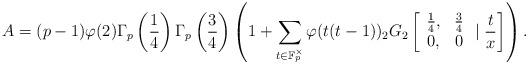
LaTeX: \begin{align*}A=(p-1)\varphi(2)\Gamma_p\left(\frac{1}{4}\right)\Gamma_p\left(\frac{3}{4}\right)\left(1+\sum_{t\in\mathbb{F}_p^{\times}}\varphi(t(t-1)){_2G_2}\left[\begin{array}{cc}\frac{1}{4}, & \frac{3}{4}\\0,& 0\end{array}\mid\frac{t}{x}\right]\right).\end{align*}